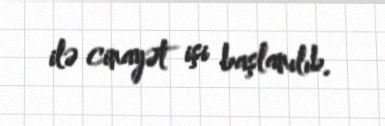
ilə cinayət işi başlanılıb.